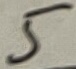
Text: 5